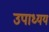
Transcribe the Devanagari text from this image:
उपाध्यय